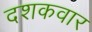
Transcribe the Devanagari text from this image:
दशकवार